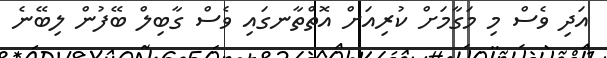
އަދި ވެސް މި މަގާމަށް ކުރިއަށް އޮތްތާނގައި ވެސް ގާބިލް ބޭފުން ލިބޭނެ